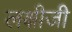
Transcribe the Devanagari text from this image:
लक्षीजी